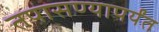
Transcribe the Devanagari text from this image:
तपासण्यापर्यंत